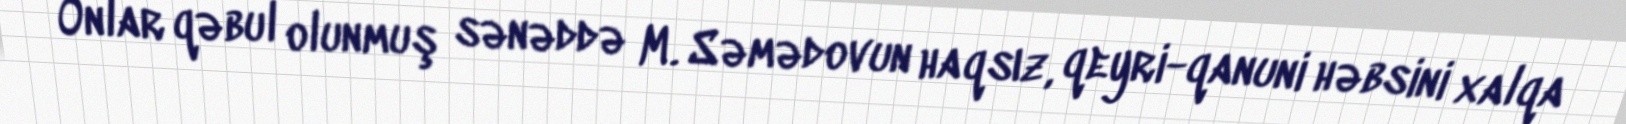
Onlar qəbul olunmuş sənəddə M. Səmədovun haqsız, qeyri-qanuni həbsini xalqa